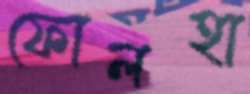
ফোলহা